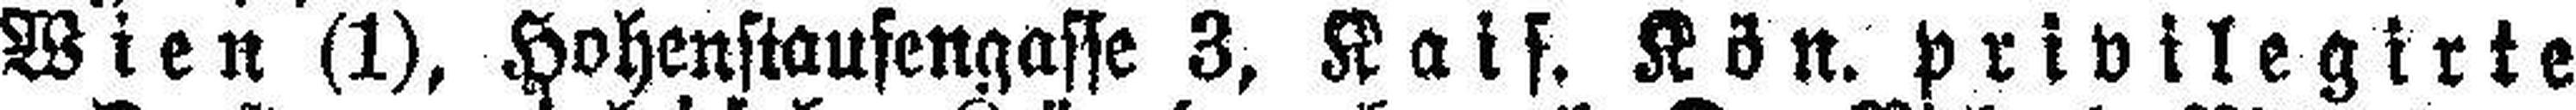
Wien (1), Hohenstaufengasse 3, Kais. Kön. privilegirte